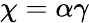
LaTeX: \chi=\alpha\gamma